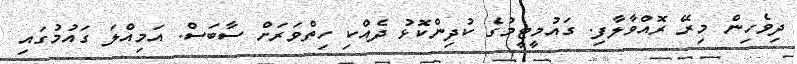
ދިވެހިން މިރޭ ރޮއްވާލާފި. ގައުމީޓީމުގެ ކުދިންކޮޅު ދެއްކި ހިތްވަރަށް ސާބަސް. އަމިއްލަ ގައުމުގައި